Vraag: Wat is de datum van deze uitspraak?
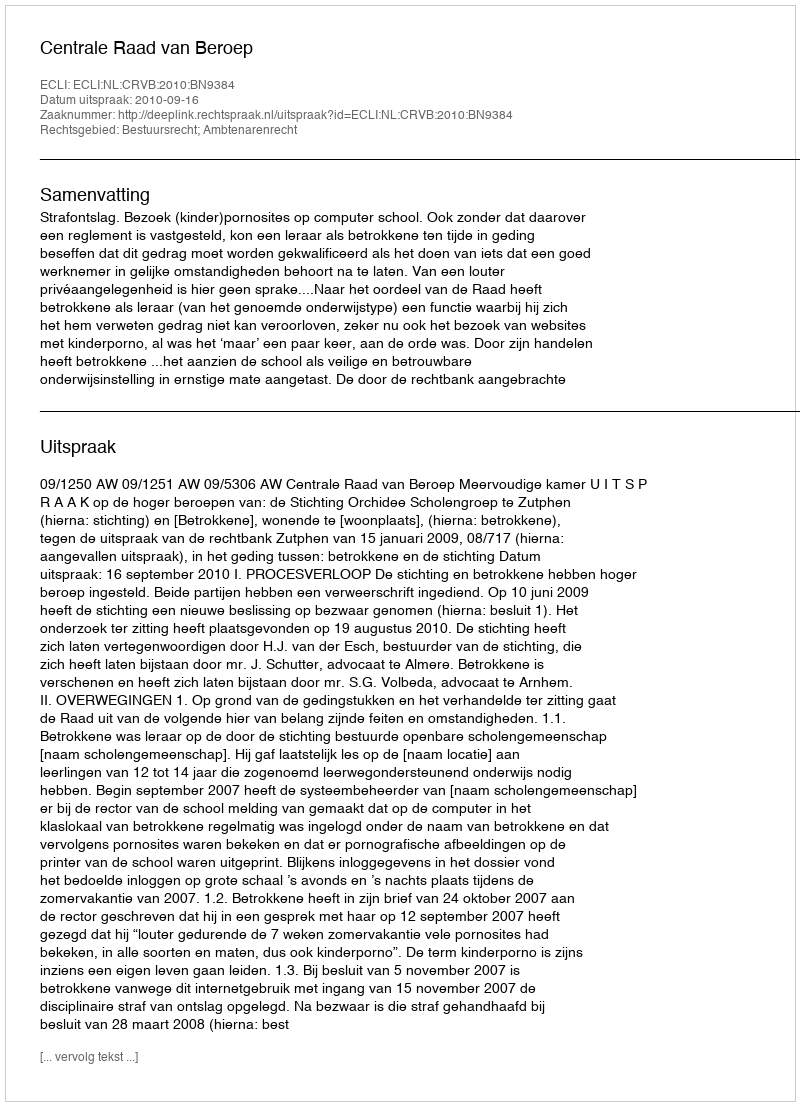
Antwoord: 2010-09-16